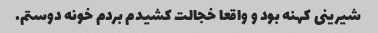
شیرینی کهنه بود و واقعا خجالت کشیدم بردم خونه دوستم.